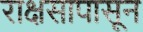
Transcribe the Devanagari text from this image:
राक्षसापासून